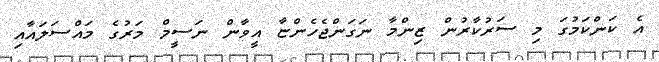
އެ ކަންކަމުގަ މި ސަރުކާރުން ޒިންމާ ނަގަންޖެހެންޏާ އީވާން ނަސީމް މަރުގެ މައްސަލައާއި